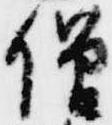
僧